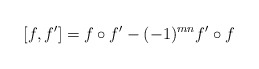
\begin{align*}[f, f']= f \circ f' -(-1)^{mn} f' \circ f\end{align*}